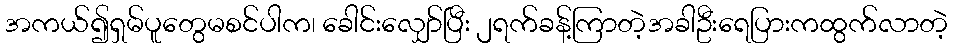
အကယ်၍ရှမ်ပူတွေမစင်ပါက၊ ခေါင်းလျှော်ပြီး ၂ရက်ခန့်ကြာတဲ့အခါဦးရေပြားကထွက်လာတဲ့